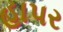
હાપર